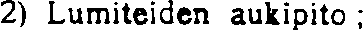
2) Lumiteiden aukipito ;